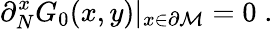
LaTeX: \partial_{N}^{x}G_{0}(x,y)|_{x\in{\partial{\cal M}}}=0\; .